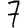
Digit: 7